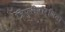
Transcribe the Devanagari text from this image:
त्रिपुरीपौर्णिमा